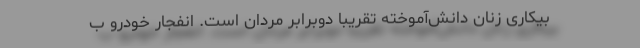
بیکاری زنان دانش‌آموخته تقریباً دوبرابر مردان است. انفجار خودرو ب